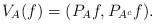
LaTeX: \begin{align*}V_A(f)=(P_Af,P_{A^c}f).\end{align*}